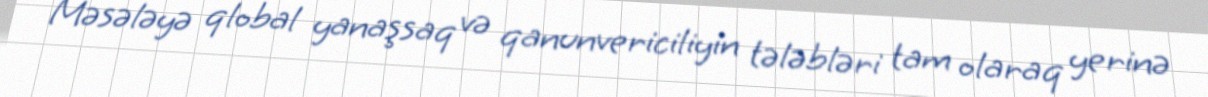
Məsələyə qlobal yanaşsaq və qanunvericiliyin tələbləri tam olaraq yerinə